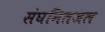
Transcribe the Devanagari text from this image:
संघनितजल